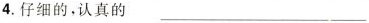
4.仔细的，认真的 ___